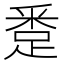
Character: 𨁢